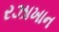
રઝાખાન